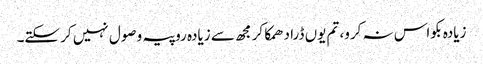
زیادہ بکواس نہ کرو، تم یوں ڈرا دھمکا کر مجھ سے زیادہ روپیہ وصول نہیں کر سکتے۔